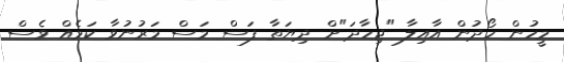
މީހުން ހޯދުން އާއިލާ "ޖިހާދަ"ށް ދިޔަތާ ފަސް މަސް މަރުނުވާ ކަމެއް ވެސް